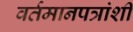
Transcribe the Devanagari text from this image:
वर्तमानपत्रांशी